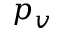
p _ { v }